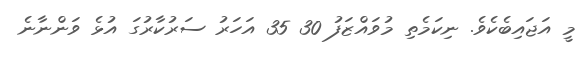
މީ އަޖައިބެކެވެ. ނިކަމެތި މުވައްޒަފު 30 35 އަހަރު ސަރުކާރުގަ އުޅެ ވަންނާނެ